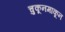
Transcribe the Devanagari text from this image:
चुकूनमाकून